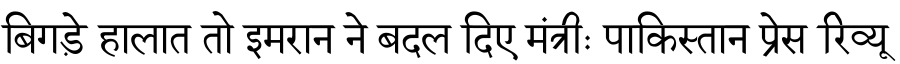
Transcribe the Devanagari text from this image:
बिगड़े हालात तो इमरान ने बदल दिए मंत्रीः पाकिस्तान प्रेस रिव्यू